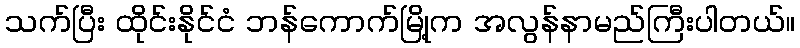
သက်ပြီး ထိုင်းနိုင်ငံ ဘန်ကောက်မြို့က အလွန်နာမည်ကြီးပါတယ်။